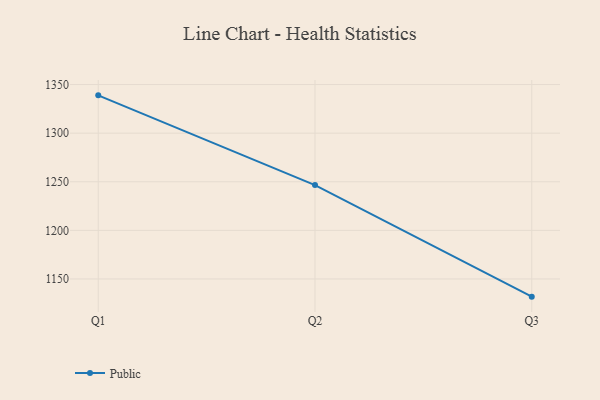
{"axis": {"x": "Quarter", "y": "Operating Costs (USD K)"}, "legend": ["Public"], "data": [{"x": "Q1", "y": 1338.9, "type": "Public"}, {"x": "Q2", "y": 1246.6, "type": "Public"}, {"x": "Q3", "y": 1131.8, "type": "Public"}]}